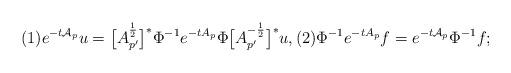
LaTeX: \begin{align*} \mathrm{(1)} e^{- t \mathcal{A}_p} u = \big[A^{\frac{1}{2}}_{p'}\big]^*\Phi^{-1} e^{- t A_p} \Phi \big[ A_{p^{\prime}}^{- \frac{1}{2}} \big]^* u, \mathrm{(2)} \Phi^{-1} e^{- t A_p} f = e^{- t \mathcal{A}_p} \Phi^{-1} f;\end{align*}